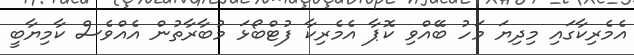
އެމެރިކާގައި މިދިޔަ މަހު ބޭއްވި ކޮޕާ އެމެރިކާ ފުޓްބޯޅަ މުބާރާތުން އެއްވެސް ކާމިޔާބީ